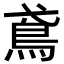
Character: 鳶